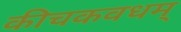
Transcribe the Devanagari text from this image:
कीचकवधम्